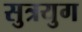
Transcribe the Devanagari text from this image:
सुत्रयुग